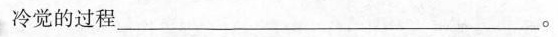
冷觉的过程___。